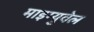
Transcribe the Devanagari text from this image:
माइग्युवेल